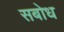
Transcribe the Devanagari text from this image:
सबोध